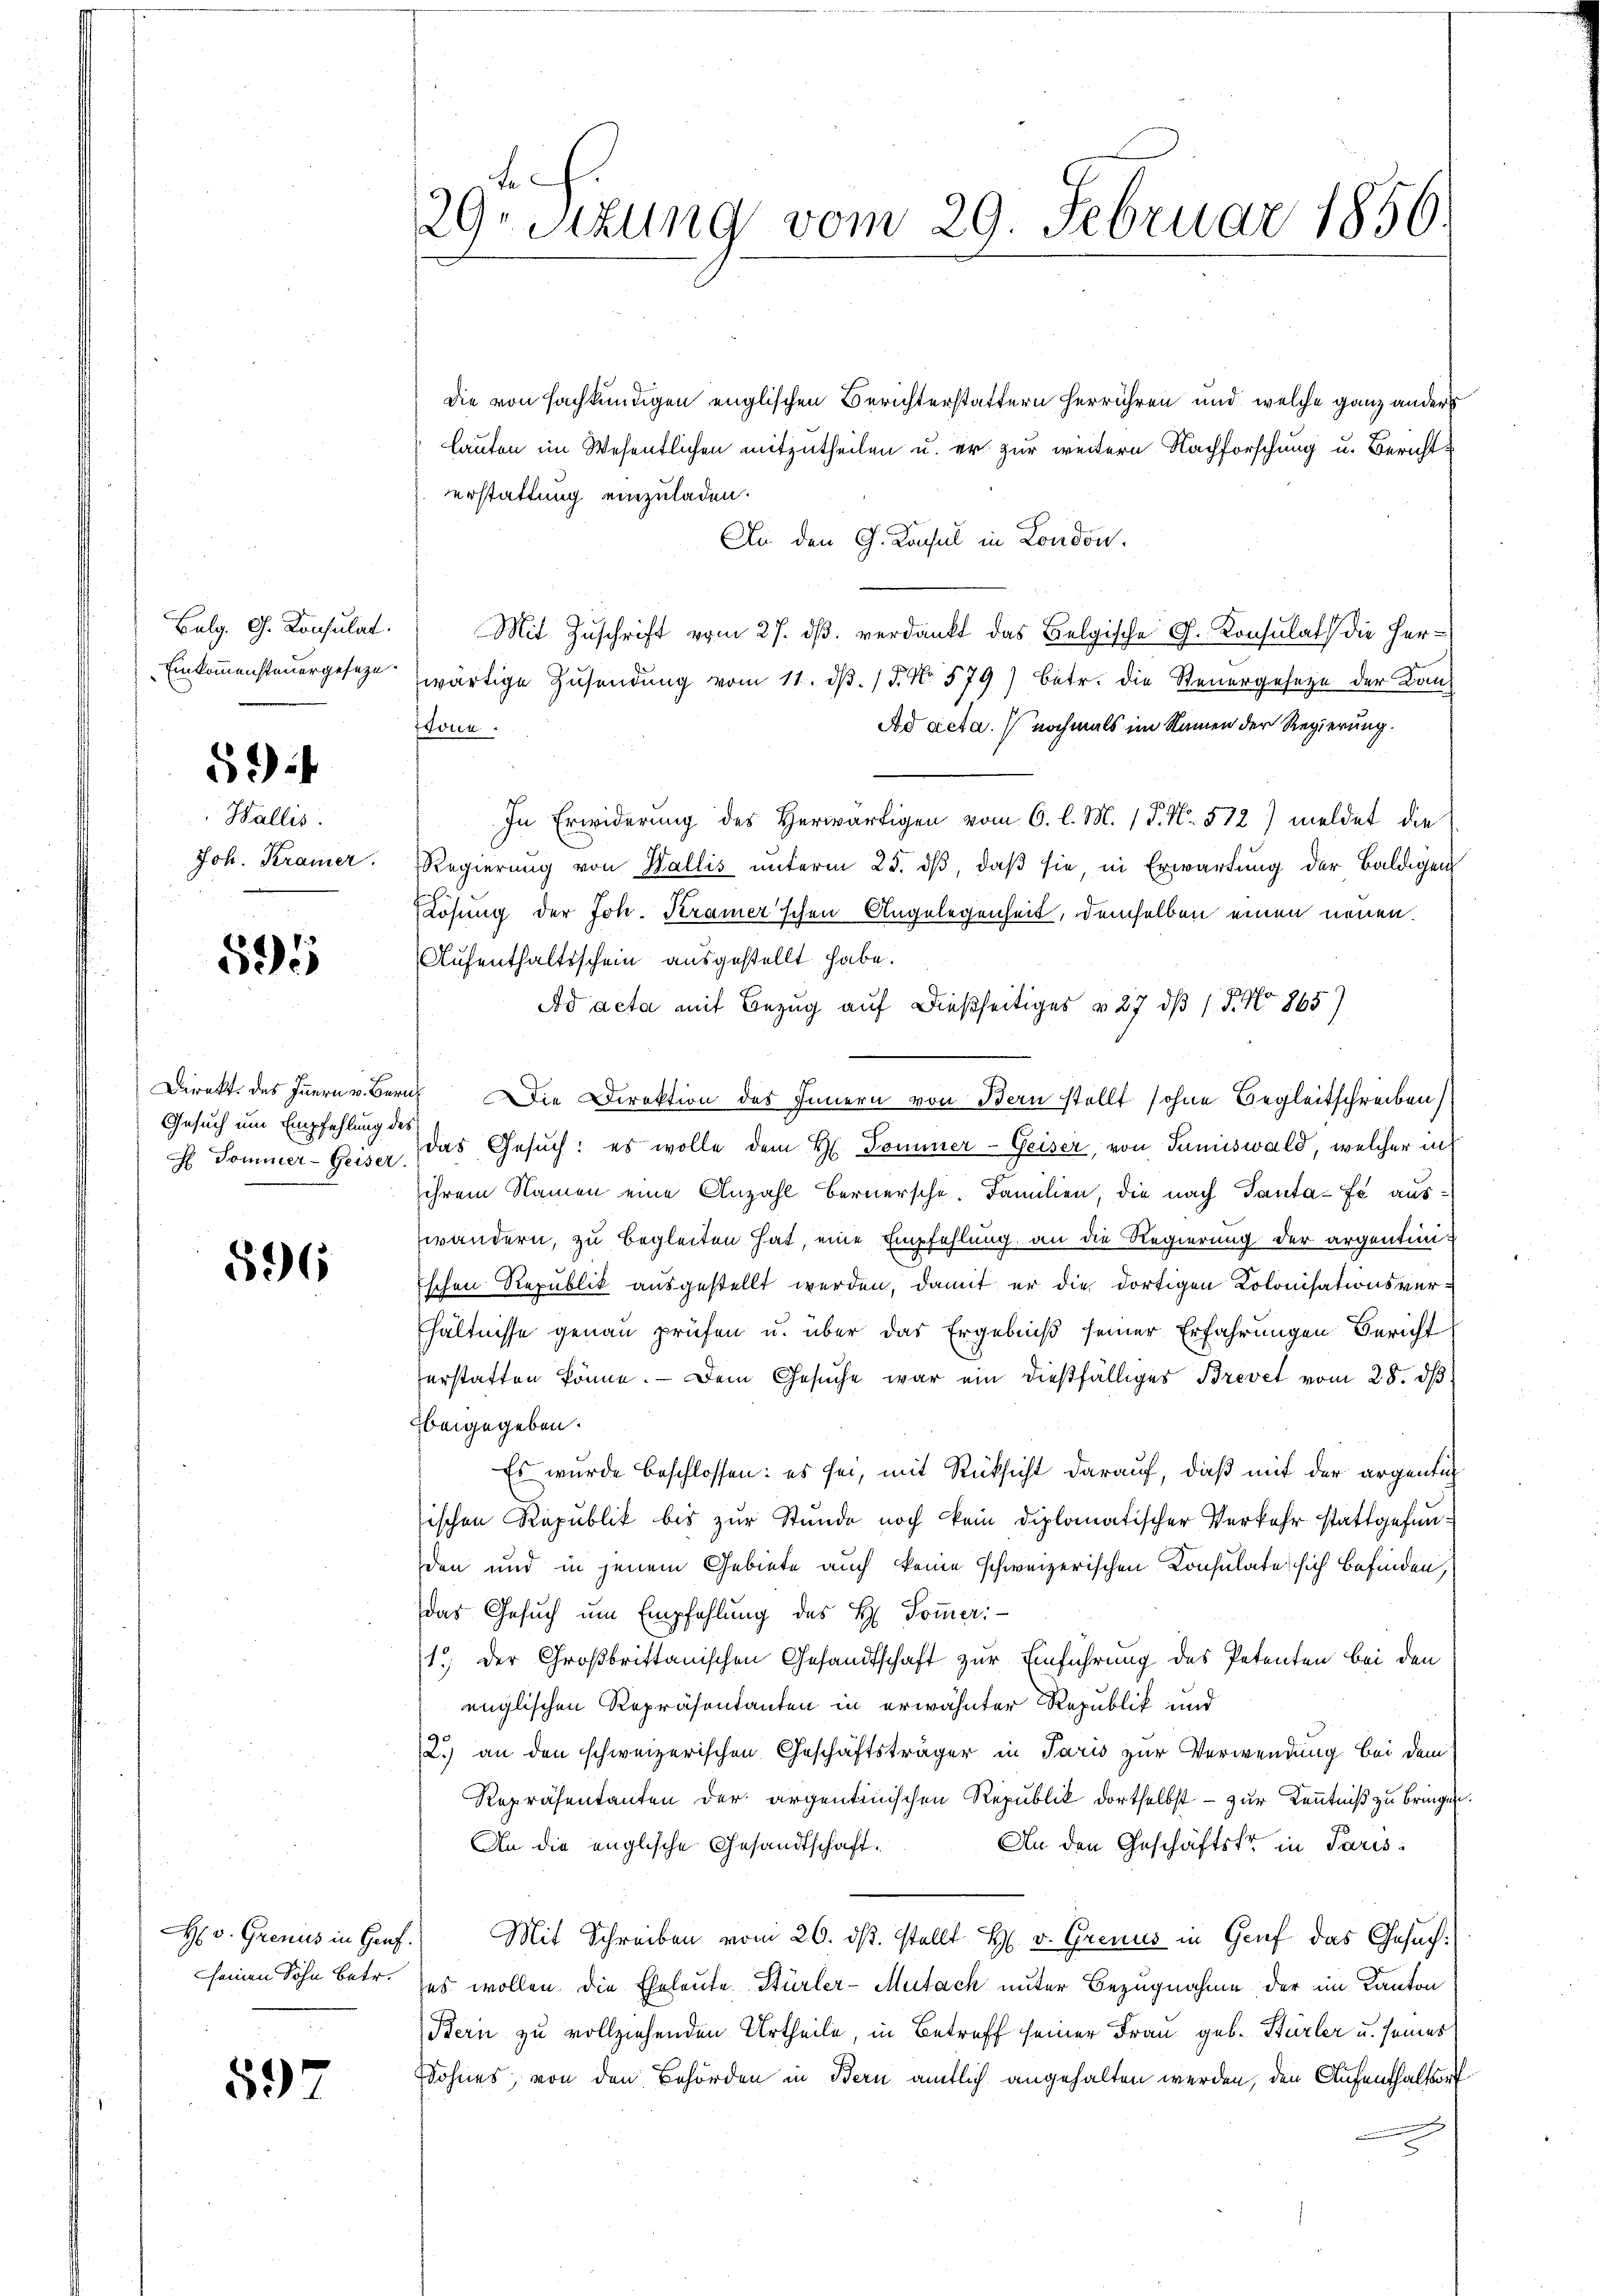
Bulg. G. Konsulat.
Einkommensteuergeseze

594

Wallis.
Joh. Kramer.

595

Gesuch um Empfehlung des
c Sommer-Geiser.

596

H: v. Grenus in Hauf.
seinen Sohn betr.

597

29sizung vom 29. Februar 1856.

die von sachkundigen englischen Berichterstattern herrühren und welche ganz anders
lauten im Wesentlichen mitzutheilen u. er zur weitern Nachforschung u. Berichterstattung einzuladen.
An den G. Konsul in London.
Mit Zuschrift vom 27. dβ verdankt das Belgische G. Konsulat die Herwärtige Zusendung vom 11. dβ. / 5. No. 579) Betr. die Steuergesetze der Kan¬
Ad acta. nochmals im Namen der Regierung.
Edoua
In Erwiderung des Herwärtigen vom 6. l. M. 1 P. Nr. 572) meldet die
Regierung von Wallis unterm 25. dβ, daβ sie, in Erwartung der Baldigen
Lösung der Joh. Kramer'schen Angelegenheit, demselben einen neuen.
Aufenthaltsschein ausgestellt habe.
Ad acta mit Bezug auf dießseitiges & 27 dß 15. No 865)
Direkt des Innern v. Zürich Die Direktion des Innern von Bern stellt sohne Begleitschreiben
das Gesuch: es wolle dem H. Pommer-Geiser, von Tuniswald, welcher in
ihrem Namen eine Anzahl Bernersche. Familien, die nach Tanta-fe auswändern, zu begleiten hat, eine Empfehlung an die Regierung der argentinischen Republik ausgestellt werden, damit er die dortigen Kolonisationsverhältnisse genau prüfen u. über das Ergebniß seiner Erfahrungen Bericht
erstatten könne.  Dem Gesŭche war ein dießfälliges Brevet vom 28. dβ
beigegeben.
Es wurde beschlossen: es sei, mit Rücksicht darauf, daß mit der argentig
sischen Republik bis zur Stunde noch kein diplomatischer Verkehr stattgefunden und in jenem Gebiete auch keine schweizerischen Consulate sich befinden,
das Gesuch um Empfehlung des H. Sommer:
1.) Der Großbrittanischen Gesandtschaft zur Einführung des Petenten bei den
englischen Repräsentanten in erwähnter Republik und
2.) an den schweizerischen Geschäftsträger in Paris zur Verwendung bei dem
Repräsentanten der argentinischen Republik dortselbst - zur Kenntniß zu bringen.
An den Geschäftstr in Paris¬
An die englische Gesandtschaft.
Mit Schreiben vom 26. ds. stellt H. v. Grenus in Gruf das Gesuchses wollen. Die Eheleute Stürler-Mutach unter Bezugnahme der im Kanton
Bern zu vollziehenden Urtheile, in Betreff seiner Frau geb. Bürler u. seines
Sohnes, von den Behörden in Bern amtlich angehalten werden, den Aufenthaltorf